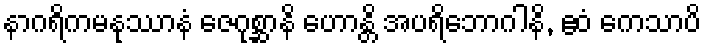
နာဂရိကမနုဿာနံ ဇေဂုစ္ဆာနိ ဟောန္တိ အပရိဘောဂါနိ, ဧဝံ ကေသာပိ